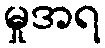
မှုအရ